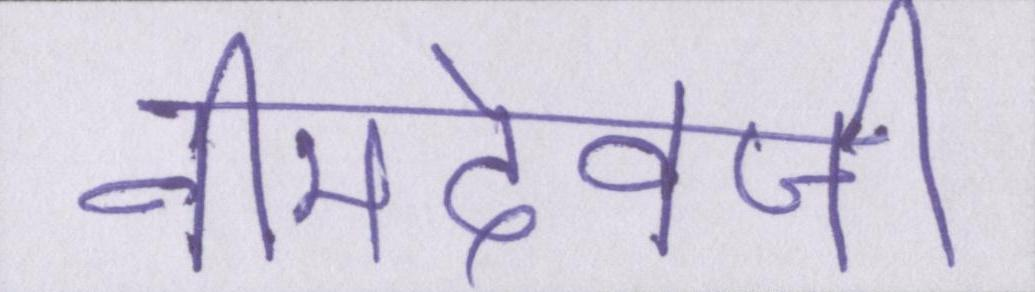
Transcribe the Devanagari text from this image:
नीमदेवजी